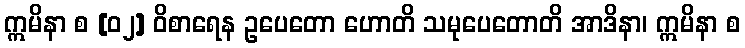
ဣမိနာ စ [၀၂] ဝိစာရေန ဥပေတော ဟောတိ သမုပေတောတိ အာဒိနာ၊ ဣမိနာ စ